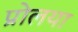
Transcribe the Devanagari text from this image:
प्रोलया